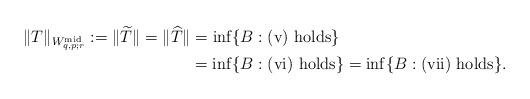
LaTeX: \begin{align*}\|T\|_{W_{q,p;r}^{\mathrm{mid}}}:= \|\widetilde{T}\| = \|\widehat{T}\| & =\inf\{B: \mathrm{(v)~holds}\} \\& = \inf\{B: \mathrm{(vi)~holds}\}= \inf\{B: \mathrm{(vii)~holds}\}.\end{align*}